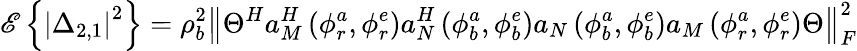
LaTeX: \mathscr{E}\left\{ \left|\Delta_{2,1}\right|^{2}\right\} =\rho_{b}^{2}\left\Vert\Theta^{H}a_{M}^{H}\left(\phi_{r}^{a},\phi_{r}^{e}\right)a_{N}^{H}\left(\phi_{b}^{a},\phi_{b}^{e}\right)a_{N}\left(\phi_{b}^{a},\phi_{b}^{e}\right)a_{M}\left(\phi_{r}^{a},\phi_{r}^{e}\right)\Theta\right\Vert_{F}^{2}